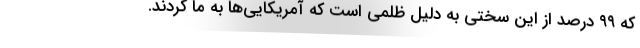
که ۹۹ درصد از این سختی به دلیل ظلمی است که آمریکایی‌ها به ما کردند.